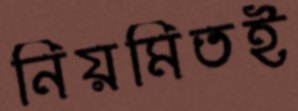
নিয়মিতই